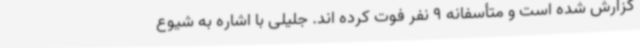
گزارش شده است و متأسفانه 9 نفر فوت کرده اند. جلیلی با اشاره به شیوع